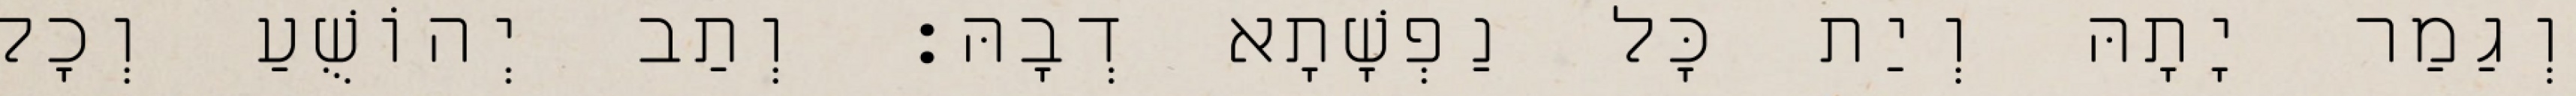
וְגַמַר יָתָהּ וְיַת כָּל נַפְשָׁתָא דְבָהּ׃ וְתַב יְהוֹשֻׁעַ וְכָל